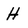
Character: H